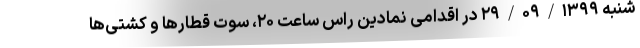
شنبه ۲۹/۰۹/۱۳۹۹ در اقدامی نمادین راس ساعت ۲۰، سوت قطارها و کشتی‌ها